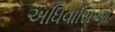
અધિવાસિઓ